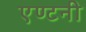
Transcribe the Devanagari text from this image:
एण्टनी